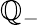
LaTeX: \mathbb{Q}_{-}